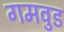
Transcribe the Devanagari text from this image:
गमवुड